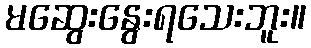
မဆွေးနွေးရသေးဘူး။